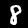
Label: 8